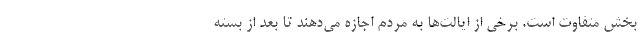
بخش متفاوت است. برخی از ایالت‌ها به مردم اجازه می‌دهند تا بعد از بسته